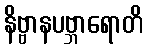
နိဗ္ဗာနပဗ္ဘာရောတိ